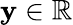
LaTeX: \mathbf{y}\in\mathbb{R}